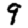
Digit: 9